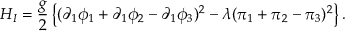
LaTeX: { \cal H } _ { I } = \frac { g } { 2 } \left\{ ( \partial _ { 1 } \phi _ { 1 } + \partial _ { 1 } \phi _ { 2 } - \partial _ { 1 } \phi _ { 3 } ) ^ { 2 } - \lambda ( \pi _ { 1 } + \pi _ { 2 } - \pi _ { 3 } ) ^ { 2 } \right\} .